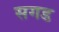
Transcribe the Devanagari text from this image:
सगड